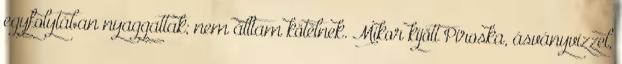
egyfolytában nyaggattak; nem álltam kötélnek. Mi­kor ki­jött Piroska, ásványvízzel,